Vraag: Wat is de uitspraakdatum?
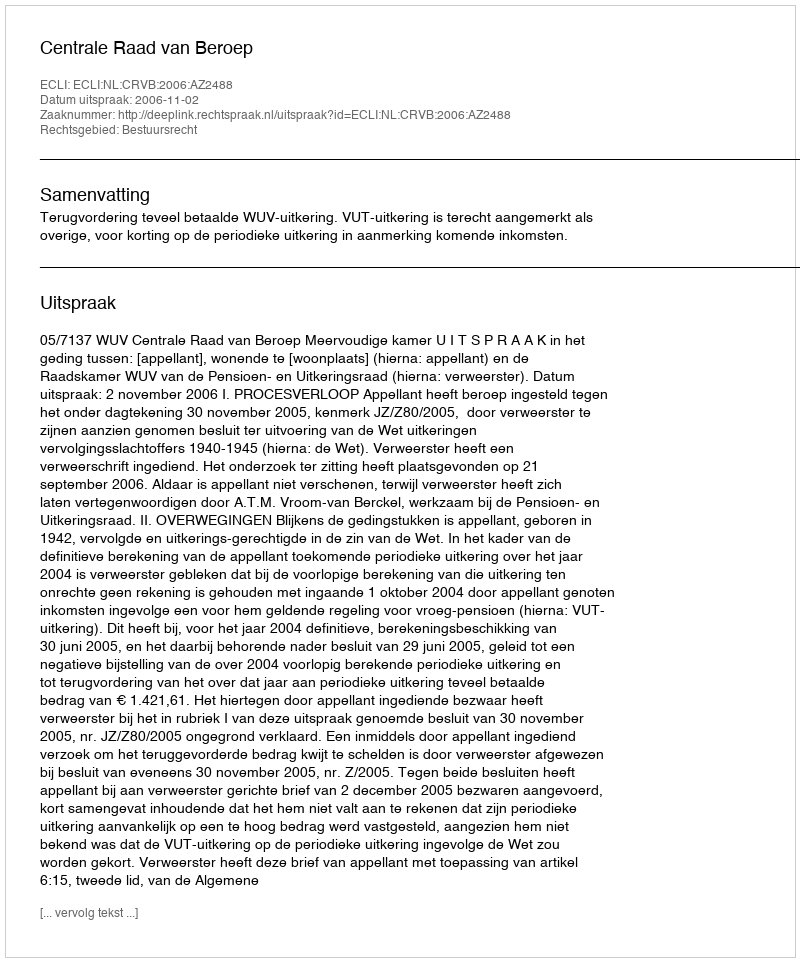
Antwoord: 2006-11-02